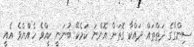
ސިންގާގެ ދަތްތައް ދައްކާ ގޮތަށް އޮންނަ ކަމެކޭ ބުނަނީ ކީއްވެ ހެއްޔެވެ އެއީ